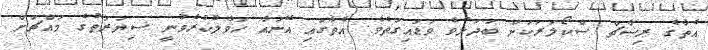
އެތާގެ ރިސާޗް ސްކޯލަރަކަށް ބަދަލުވެ ވަޑައިގަތެވެ. އެތާގައި އޭނައާ ހަވާލުކުރެވުނީ ސިޔަރަތުގެ މައްޗަށް